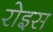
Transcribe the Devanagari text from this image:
रोइस